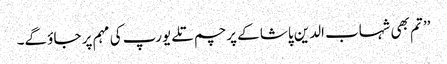
’’ تم بھی شہاب الدین پاشا کے پرچم تلے یورپ کی مہم پر جاؤ گے۔